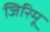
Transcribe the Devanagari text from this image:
जिरिमू